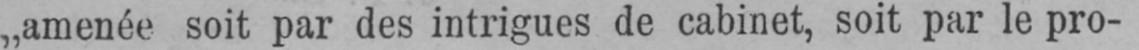
„amenée soit par des intrigues de cabinet, soit par le pro-